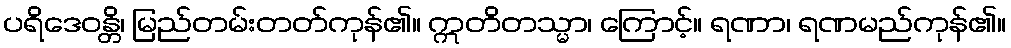
ပရိဒေဝန္တိ၊ မြည်တမ်းတတ်ကုန်၏။ ဣတိတသ္မာ၊ ကြောင့်။ ရဏာ၊ ရဏမည်ကုန်၏။